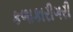
કળાકારીગરી